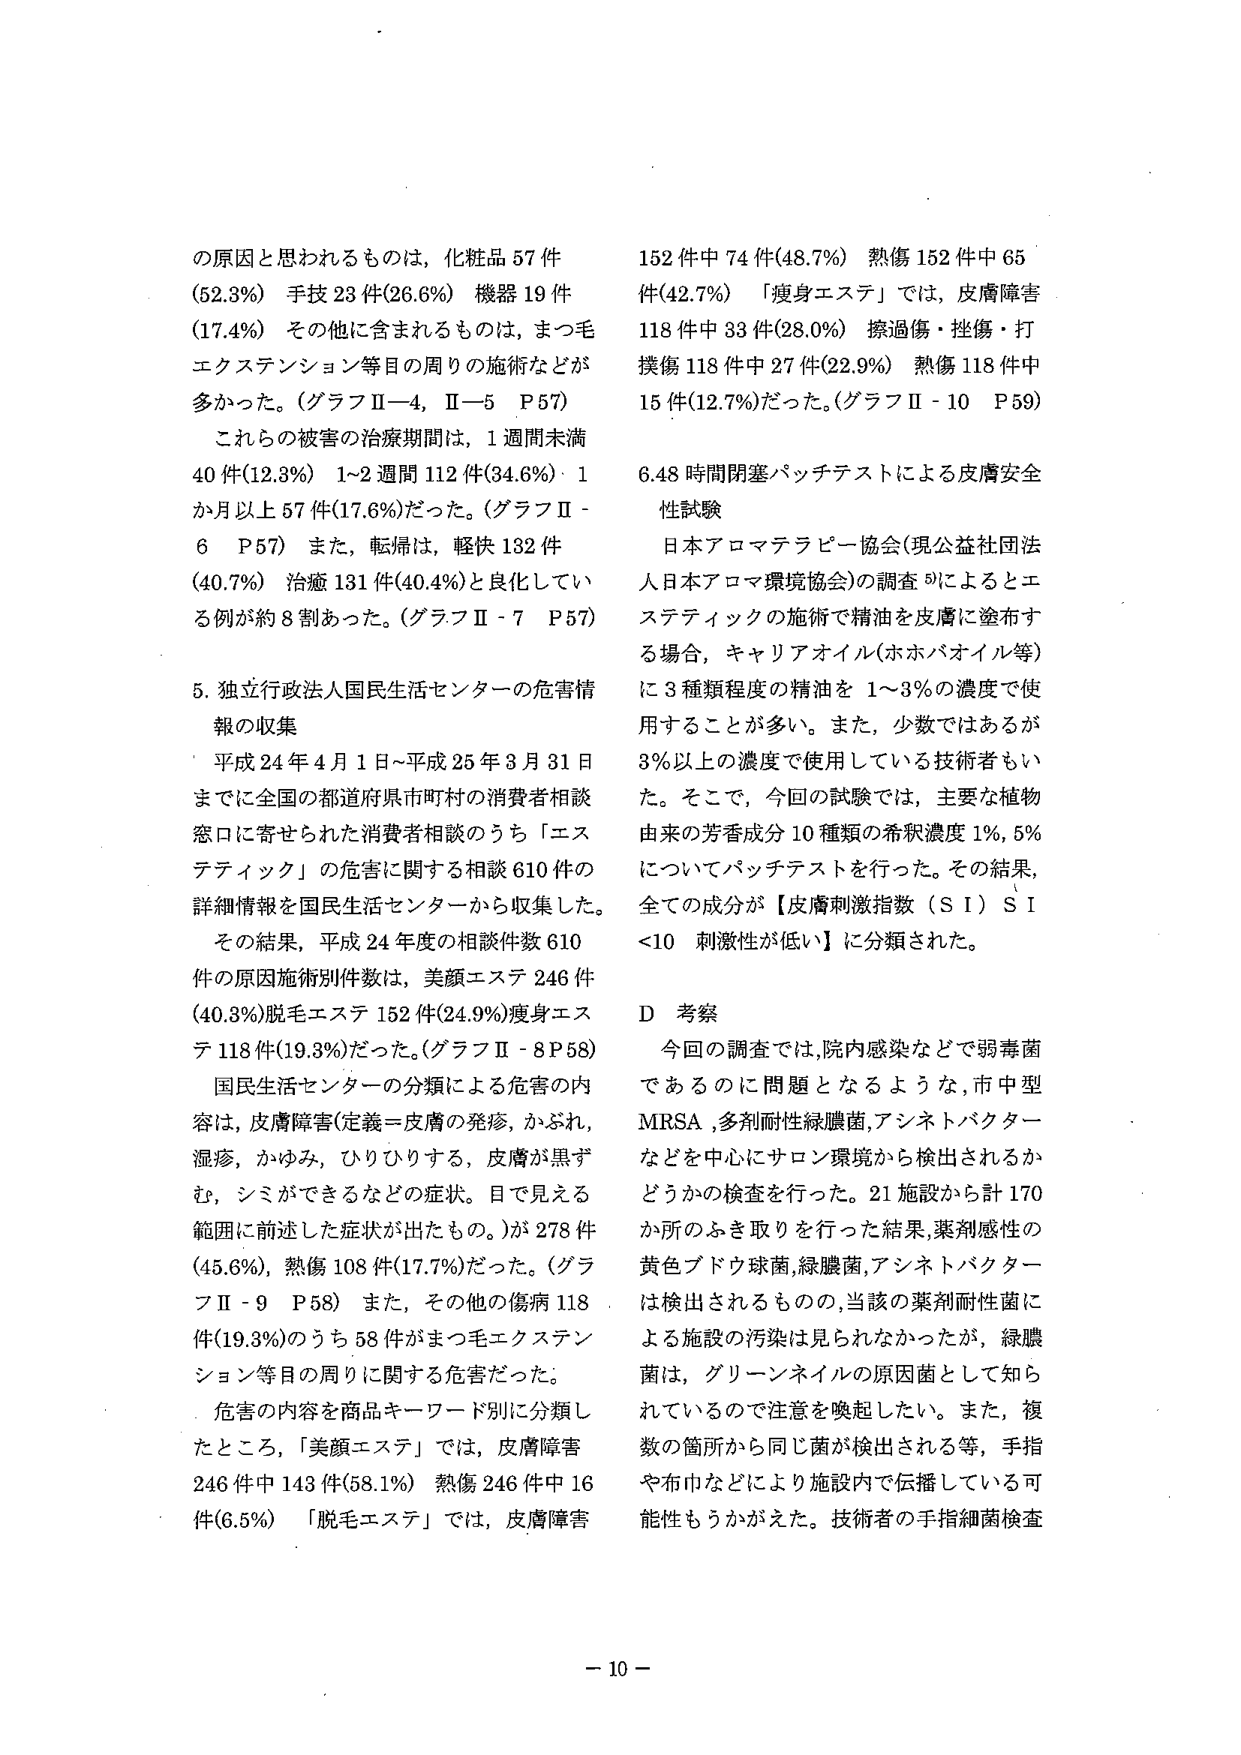
の原因と思われるものは，化粧品 57 件
(52.3%) 手技 23 件(26.6%) 機器 19 件
(17.4%) その他に含まれるものは，まつ毛
エクステンション等目の周りの施術などが
多かった。(グラフⅡ-4，Ⅱ-5 P57)
これらの被害の治療期間は，1 週間未満
40 件(12.3%) 1~2 週間 112 件(34.6%) 1
か月以上 57 件(17.6%)だった。(グラフⅡ-
6 P57) また，転帰は，軽快 132 件
(40.7%) 治癒 131 件(40.4%)と良化してい
る例が約 8 割あった。(グラフⅡ-7 P57)

5. 独立行政法人国民生活センターの危害情
報の収集
平成 24 年 4 月 1 日～平成 25 年 3 月 31 日
までに全国の都道府県市町村の消費者相談
窓口に寄せられた消費者相談のうち「エステティック」の危害に関する相談 610 件の
詳細情報を国民生活センターから収集した。
その結果，平成 24 年度の相談件数 610
件の原因施術別件数は，美顔エステ 246 件
(40.3%)脱毛エステ 152 件(24.9%)瘦身エステ 118 件(19.3%)だった。(グラフⅡ-8 P58)
国民生活センターの分類による危害の内
容は，皮膚障害(定義＝皮膚の発疹，かぶれ，
湿疹，かゆみ，ひりひりする，皮膚が黒ず
む，シミができるなどの症状。目で見える
範囲に前述した症状が出たもの。)が 278 件
(45.6%)，熱傷 108 件(17.7%)だった。(グラフⅡ-9 P58) また，その他の傷病 118
件(19.3%)のうち 58 件がまつ毛エクステン
ション等目の周りに関する危害だった。
危害の内容を商品キーワード別に分類し
たところ，「美顔エステ」では，皮膚障害
246 件中 143 件(58.1%) 熱傷 246 件中 16
件(6.5%) 「脱毛エステ」では，皮膚障害
152 件中 74 件(48.7%) 熱傷 152 件中 65
件(42.7%) 「瘦身エステ」では，皮膚障害
118 件中 33 件(28.0%) 擦過傷・挫傷・打
撲傷 118 件中 27 件(22.9%) 熱傷 118 件中
15 件(12.7%)だった。(グラフⅡ-10 P59)

6.48 時間閉塞パッチテストによる皮膚安全
性試験
日本アロマテラピー協会(現公益社団法
人日本アロマ環境協会)の調査 5)によるとエ
ステティックの施術で精油を皮膚に塗布す
る場合，キャリアオイル(ホホバオイル等)
に 3 種類程度の精油を 1～3%の濃度で使
用することが多い。また，少数ではあるが
3%以上の濃度で使用している技術者もい
た。そこで，今回の試験では，主要な植物
由来の芳香成分 10 種類の希釈濃度 1%，5%
についてパッチテストを行った。その結果，
全ての成分が【皮膚刺激指数（S I）S I
<10 刺激性が低い】に分類された。

D 考察
今回の調査では，院内感染などで弱毒菌
であるのに問題となるような，市中型
MRSA，多剤耐性緑膿菌，アシネトバクター
などを中心にサロン環境から検出されるか
どうかの検査を行った。21 施設から計 170
か所のふき取りを行った結果，薬剤感受性の
黄色ブドウ球菌，緑膿菌，アシネトバクター
は検出されるものの，当該の薬剤耐性菌に
よる施設の汚染は見られなかったが，緑膿
菌は，グリーンネイルの原因菌として知ら
れているので注意を喚起したい。また，複
数の箇所から同じ菌が検出される等，手指
や布巾などにより施設内で伝播している可
能性もうかがえた。技術者の手指細菌検査

－ 10 －